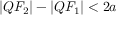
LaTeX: | Q F _ { 2 } | - | Q F _ { 1 } | < 2 a